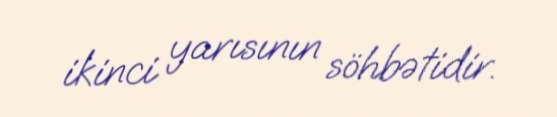
ikinci yarısının söhbətidir.